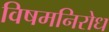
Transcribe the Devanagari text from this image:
विषमनिरोध